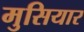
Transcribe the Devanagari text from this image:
मुसियार